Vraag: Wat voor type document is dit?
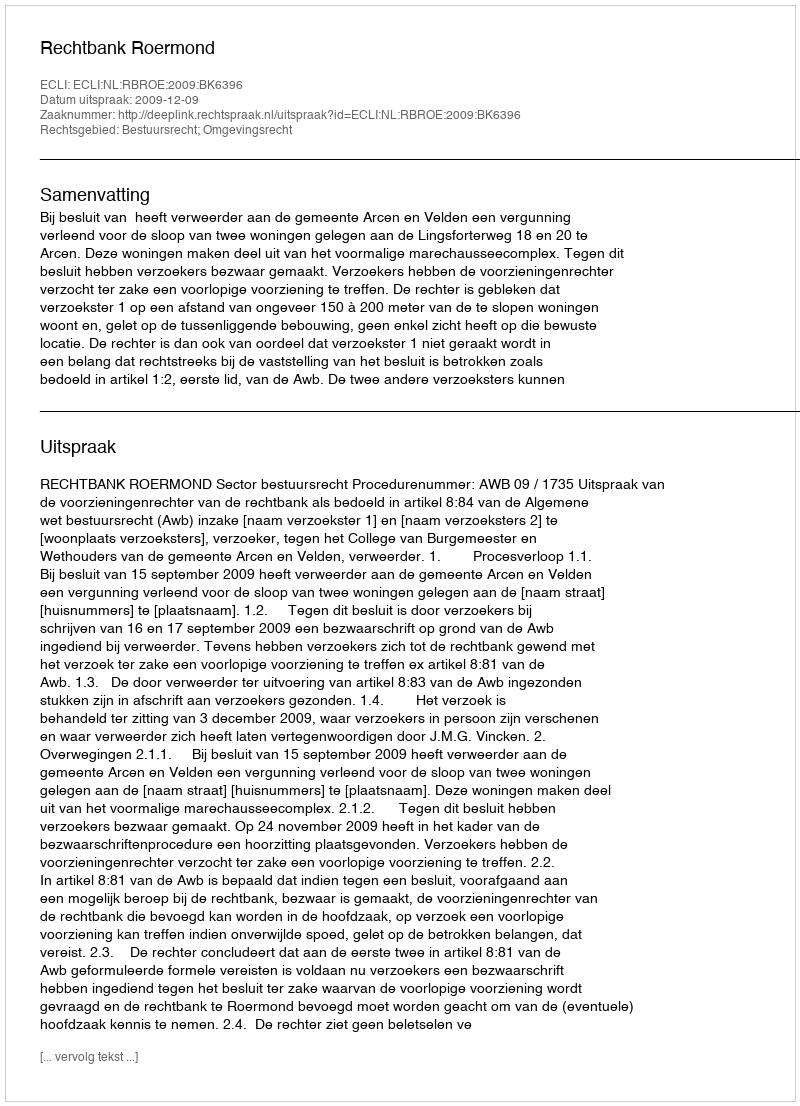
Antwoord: Uitspraak